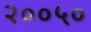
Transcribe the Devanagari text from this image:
२००५०